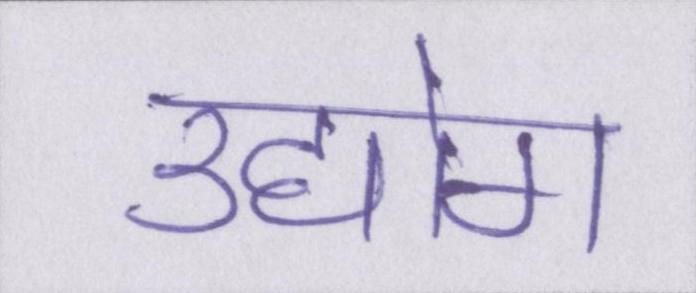
उद्योग